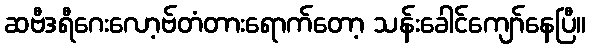
ဆဗီဒရီဂေးလော့ဗ်တံတားရောက်တော့ သန်းခေါင်ကျော်နေပြီ။